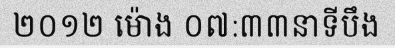
២០១២ ម៉ោង ០៧:៣៣នាទីបឹង